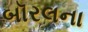
બૉરલના